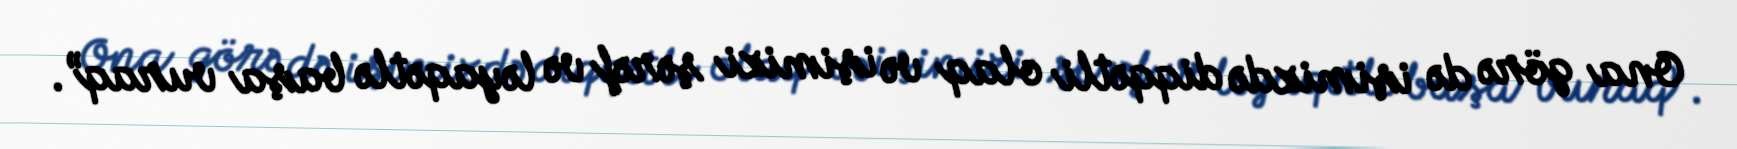
Ona görə də işimizdə diqqətli olaq və işimizi şərəf və ləyaqətlə başa vuraq”.